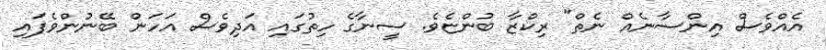
އެއްވެސް އިންސާނެއް ނެތް" ރިކްޒާ ބުންޏެވެ. ސީނާގެ ހިތުގައި އަދިވެސް އަހަން ބޭނުންވެފައި